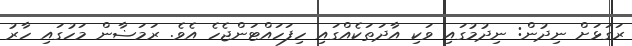
ރަގަޅަށް ނިދުން: ނިދުމުގައި ވަކި އާދަތަކެއްގައި ހިފަހައްޓަންޖެހެ އެވެ. ރަމަޟާން މަހުގައި ހާރު